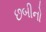
છબીનો